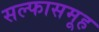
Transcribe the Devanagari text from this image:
सल्फासमूह